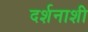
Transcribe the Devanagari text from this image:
दर्शनाशी